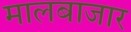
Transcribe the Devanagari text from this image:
मालबाजार